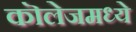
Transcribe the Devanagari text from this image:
कॊलेजमध्ये